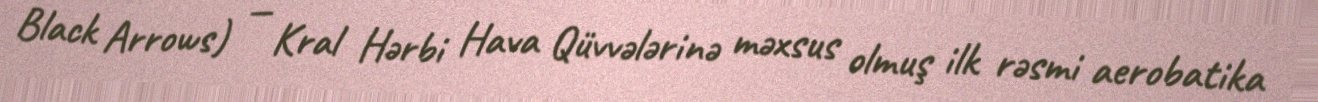
Black Arrows) — Kral Hərbi Hava Qüvvələrinə məxsus olmuş ilk rəsmi aerobatika